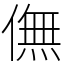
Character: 㒇